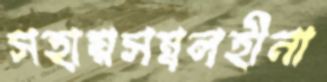
সহায়সম্বলহীনা